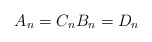
\begin{align*}\begin{aligned}A_n=C_n B_n=D_n\end{aligned}\end{align*}